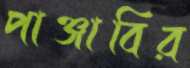
পাঞ্জাবির